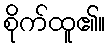
စိုက်ထူ၏။